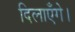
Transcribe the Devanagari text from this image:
दिलाएँगे।